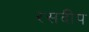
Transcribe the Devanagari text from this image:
रसदीप